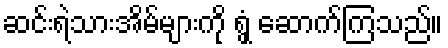
ဆင်းရဲသားအိမ်များကို ရွှံ့ ဆောက်ကြသည်။